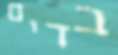
בדים